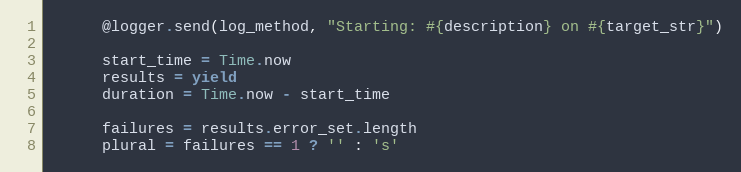
Language: Ruby
      @logger.send(log_method, "Starting: #{description} on #{target_str}")

      start_time = Time.now
      results = yield
      duration = Time.now - start_time

      failures = results.error_set.length
      plural = failures == 1 ? '' : 's'